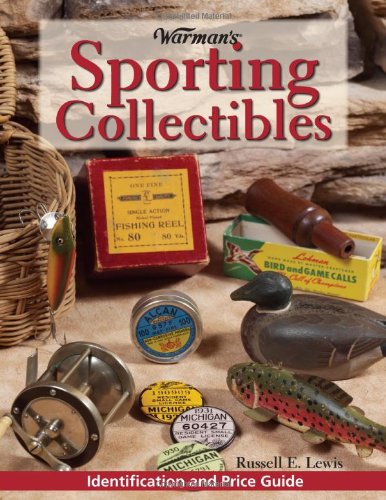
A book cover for Warman's Sporting Collectibles: Identification and Price Guide; Russell Lewis; Crafts, Hobbies & Home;